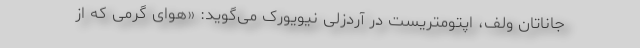
جاناتان ولف، اپتومتریست در آردزلی نیویورک می‌گوید: «هوای گرمی که از